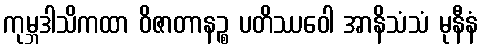
ကုမ္ဘဒါသိကထာ ဝိဇာတာနဉ္စ ပတိဿဝေါ အာနိသံသံ မုနီနံ